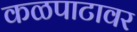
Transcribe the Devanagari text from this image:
कळपाटावर